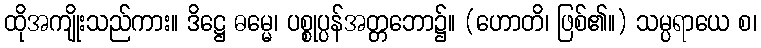
ထိုအကျိုးသည်ကား။ ဒိဋ္ဌေ ဓမ္မေ၊ ပစ္စုပ္ပန်အတ္တဘော၌။ (ဟောတိ၊ ဖြစ်၏။) သမ္ပရာယေ စ၊